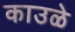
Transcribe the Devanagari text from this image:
काउळे